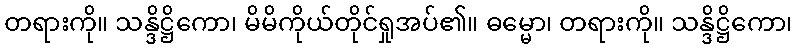
တရားကို။ သန္ဒိဋ္ဌိကော၊ မိမိကိုယ်တိုင်ရှုအပ်၏။ ဓမ္မော၊ တရားကို။ သန္ဒိဋ္ဌိကော၊